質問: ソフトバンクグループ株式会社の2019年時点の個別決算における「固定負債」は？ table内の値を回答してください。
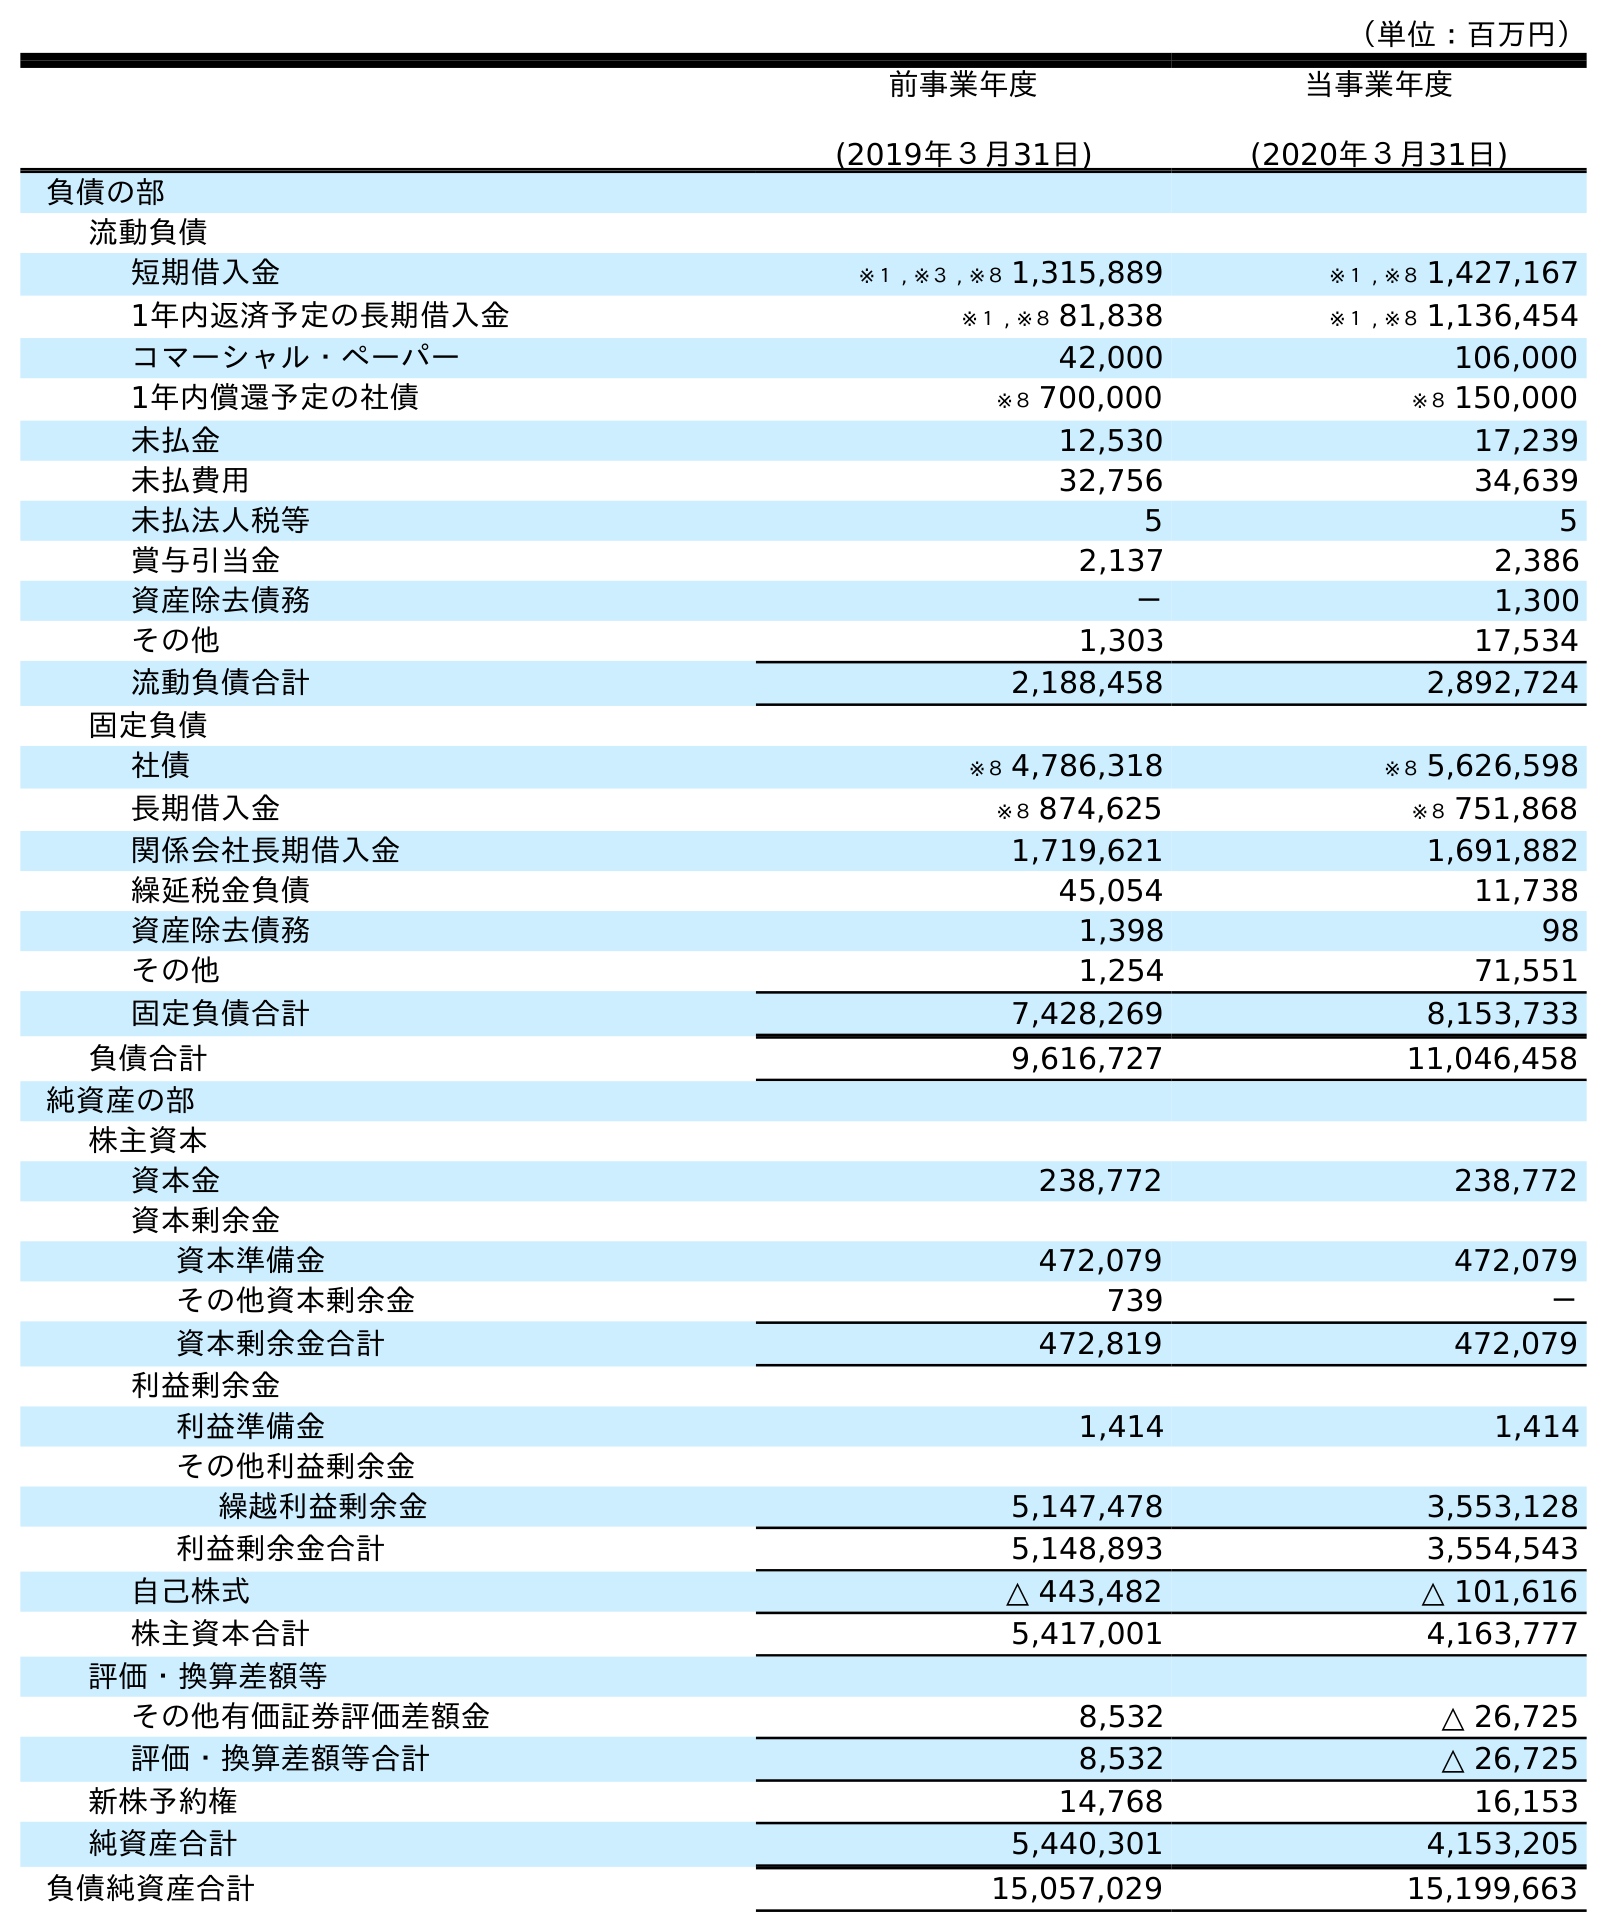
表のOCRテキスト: （単位：百万円） 前事業年度 (2019年３月31日) 当事業年度 (2020年３月31日) 負債の部 流動負債 短期借入金 ※１ , ※３ , ※８ 1,315,889 ※１ , ※８ 1,427,167 1年内返済予定の長期借入金 ※１ , ※８ 81,838 ※１ , ※８ 1,136,454 コマーシャル・ペーパー 42,000 106,000 1年内償還予定の社債 ※８ 700,000 ※８ 150,000 未払金 12,530 17,239 未払費用 32,756 34,639 未払法人税等 5 5 賞与引当金 2,137 2,386 資産除去債務 － 1,300 その他 1,303 17,534 流動負債合計 2,188,458 2,892,724 固定負債 社債 ※８ 4,786,318 ※８ 5,626,598 長期借入金 ※８ 874,625 ※８ 751,868 関係会社長期借入金 1,719,621 1,691,882 繰延税金負債 45,054 11,738 資産除去債務 1,398 98 その他 1,254 71,551 固定負債合計 7,428,269 8,153,733 負債合計 9,616,727 11,046,458 純資産の部 株主資本 資本金 238,772 238,772 資本剰余金 資本準備金 472,079 472,079 その他資本剰余金 739 － 資本剰余金合計 472,819 472,079 利益剰余金 利益準備金 1,414 1,414 その他利益剰余金 繰越利益剰余金 5,147,478 3,553,128 利益剰余金合計 5,148,893 3,554,543 自己株式 △ 443,482 △ 101,616 株主資本合計 5,417,001 4,163,777 評価・換算差額等 その他有価証券評価差額金 8,532 △ 26,725 評価・換算差額等合計 8,532 △ 26,725 新株予約権 14,768 16,153 純資産合計 5,440,301 4,153,205 負債純資産合計 15,057,029 15,199,663
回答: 7,428,269